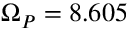
\Omega _ { P } = 8 . 6 0 5